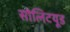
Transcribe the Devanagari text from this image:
सोलिटयूड